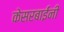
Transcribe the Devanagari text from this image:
केसरबाईंनी